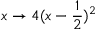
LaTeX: x \to 4 ( x - { \frac { 1 } { 2 } } ) ^ { 2 }